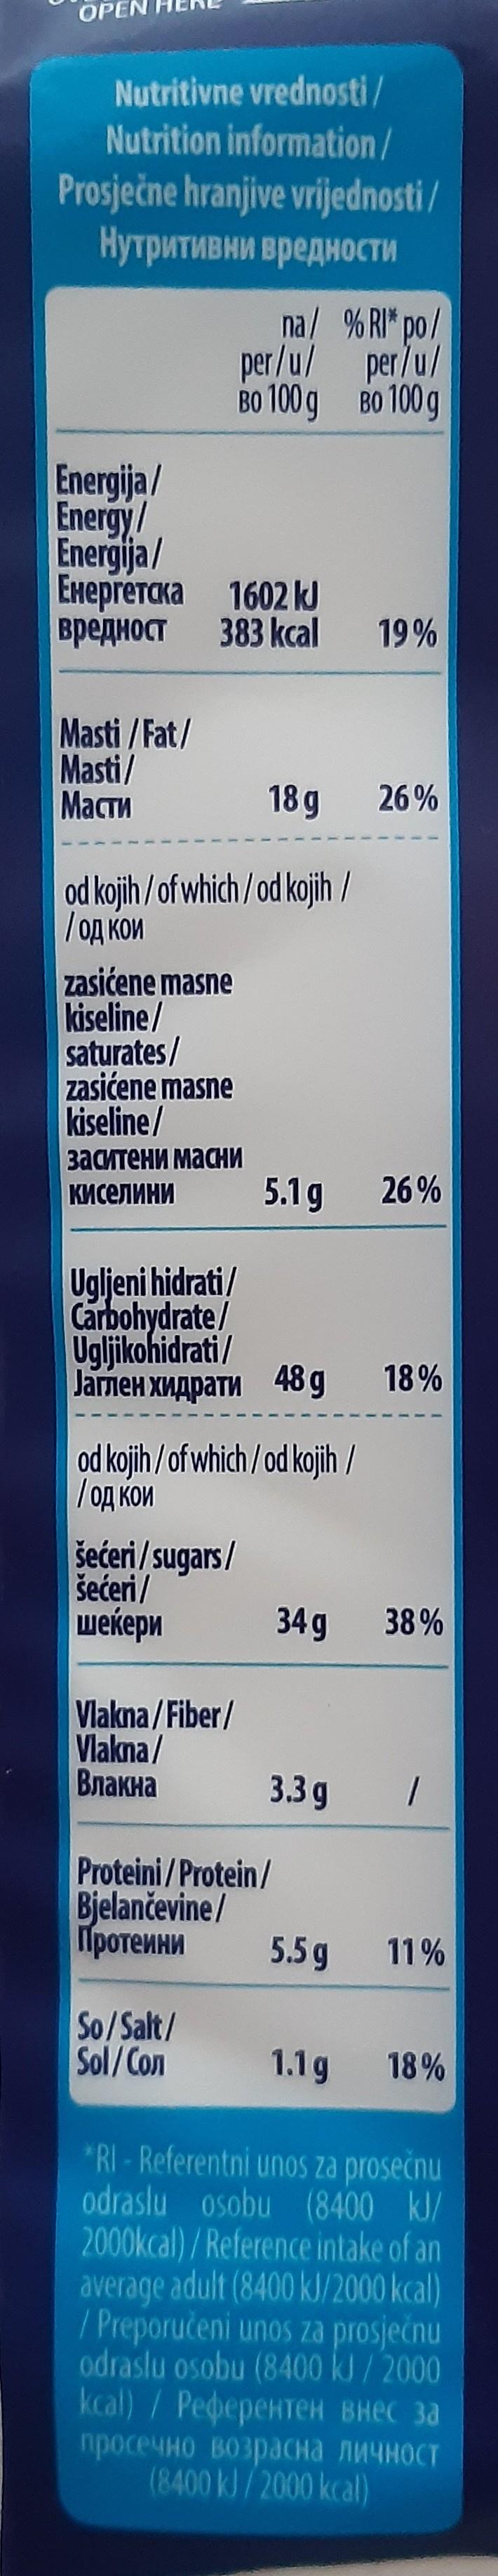
OPEN
Nutritivne vrednosti/ Nutrition information/
Prosječne hranjive vrijednosti / Нутритивни вредности
na/ %RI" po/ per/u/ per/u/ BO 100 g B0 100g
Energija/ Energy/ Energija / Exepreraka
Енергетска 1602 k вредност
383 kcal
19%
Masti /Fat/ Masti/ Масти
18 g
26%
od kojih /of which /od kojih / / OA KOM
zasićene masne kiseline/ saturates/ zasićene masne kiseline/
заситени масНИ
Киселини
5.1g
26 %
Ugljeni hidrati/ Carbohydrate/ Ugljikohidrati/ Jaгmен хидрати 48д 18%
od kojih /of which / od kojih / /од кои
šećeri / sugars/ šećeri / |шекери
34g
38%
Vlakna/ Fiber/ Vlakna/ Влакна
3.3g
Proteini/Protein/ Bjelančevine/ Протенни
5.5 g
11%
So/Salt/ Sol/Con
1.1g
18%
*RI - Referentni unos za prosečnu odraslu osobu (8400 kJ/ 2000kcal) /Reference intake of an average adult (8400 kJ/2000 kcal) / Preporučeni unos za prosječnu odraslu osobu (8400 kJ/2000 kal) / Peферентен внес за просечно возрасна личност (8400 kJ/2000 kcal)
1.